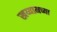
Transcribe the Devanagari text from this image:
खय्यामच्या